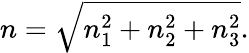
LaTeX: n={\sqrt{n_{1}^{2}+n_{2}^{2}+n_{3}^{2}}}.